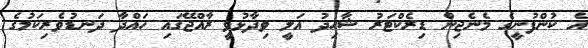
އެ ކުންފުނީގެ މެނެޖިން ޑިރެކްޓަރު ޝާހިދު އަލީ ވިދާޅުވީ ރާއްޖޭގައި ހައްދާ ދަނޑުވެރިކަމުގެ